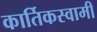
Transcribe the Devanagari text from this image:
कार्तिकस्‍वामी